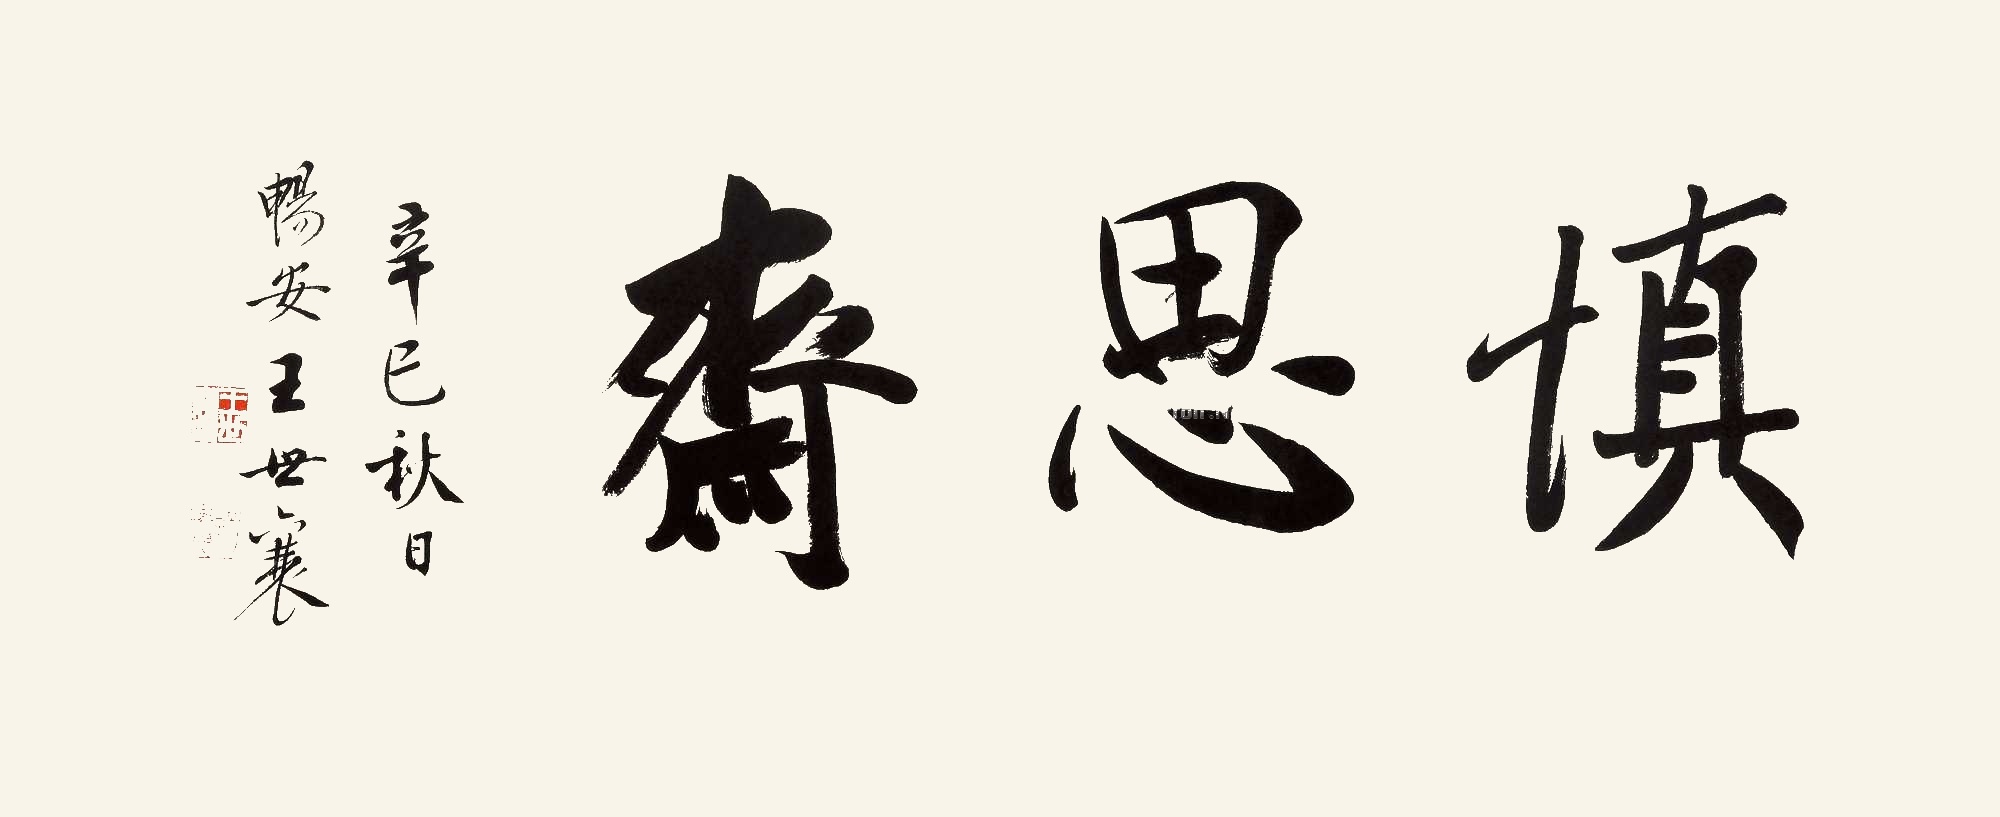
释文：慎思斋辛巳秋日，畅安王世襄。